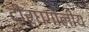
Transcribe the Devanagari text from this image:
दीर्घगोलीय